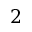
2